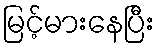
မြင့်မားနေပြီး